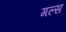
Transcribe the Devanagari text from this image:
गल्स